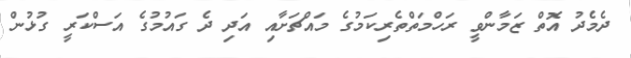
ދެމެދު އޮތް ޒަމާންވީ ރަހްމަތްތެރިކަމުގެ މައްޗަށާއި އަދި ދެ ގައުމުގެ އަސްކަރީ ގުޅުން